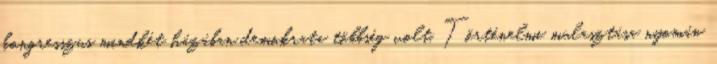
kongresszus mindkét házában demokrata többség volt. Történelmi mulasztása nyomán